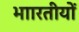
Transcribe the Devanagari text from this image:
भाारतीयों